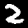
Digit: 2